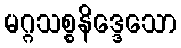
မဂ္ဂသစ္စနိဒ္ဒေသော